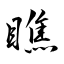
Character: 瞧